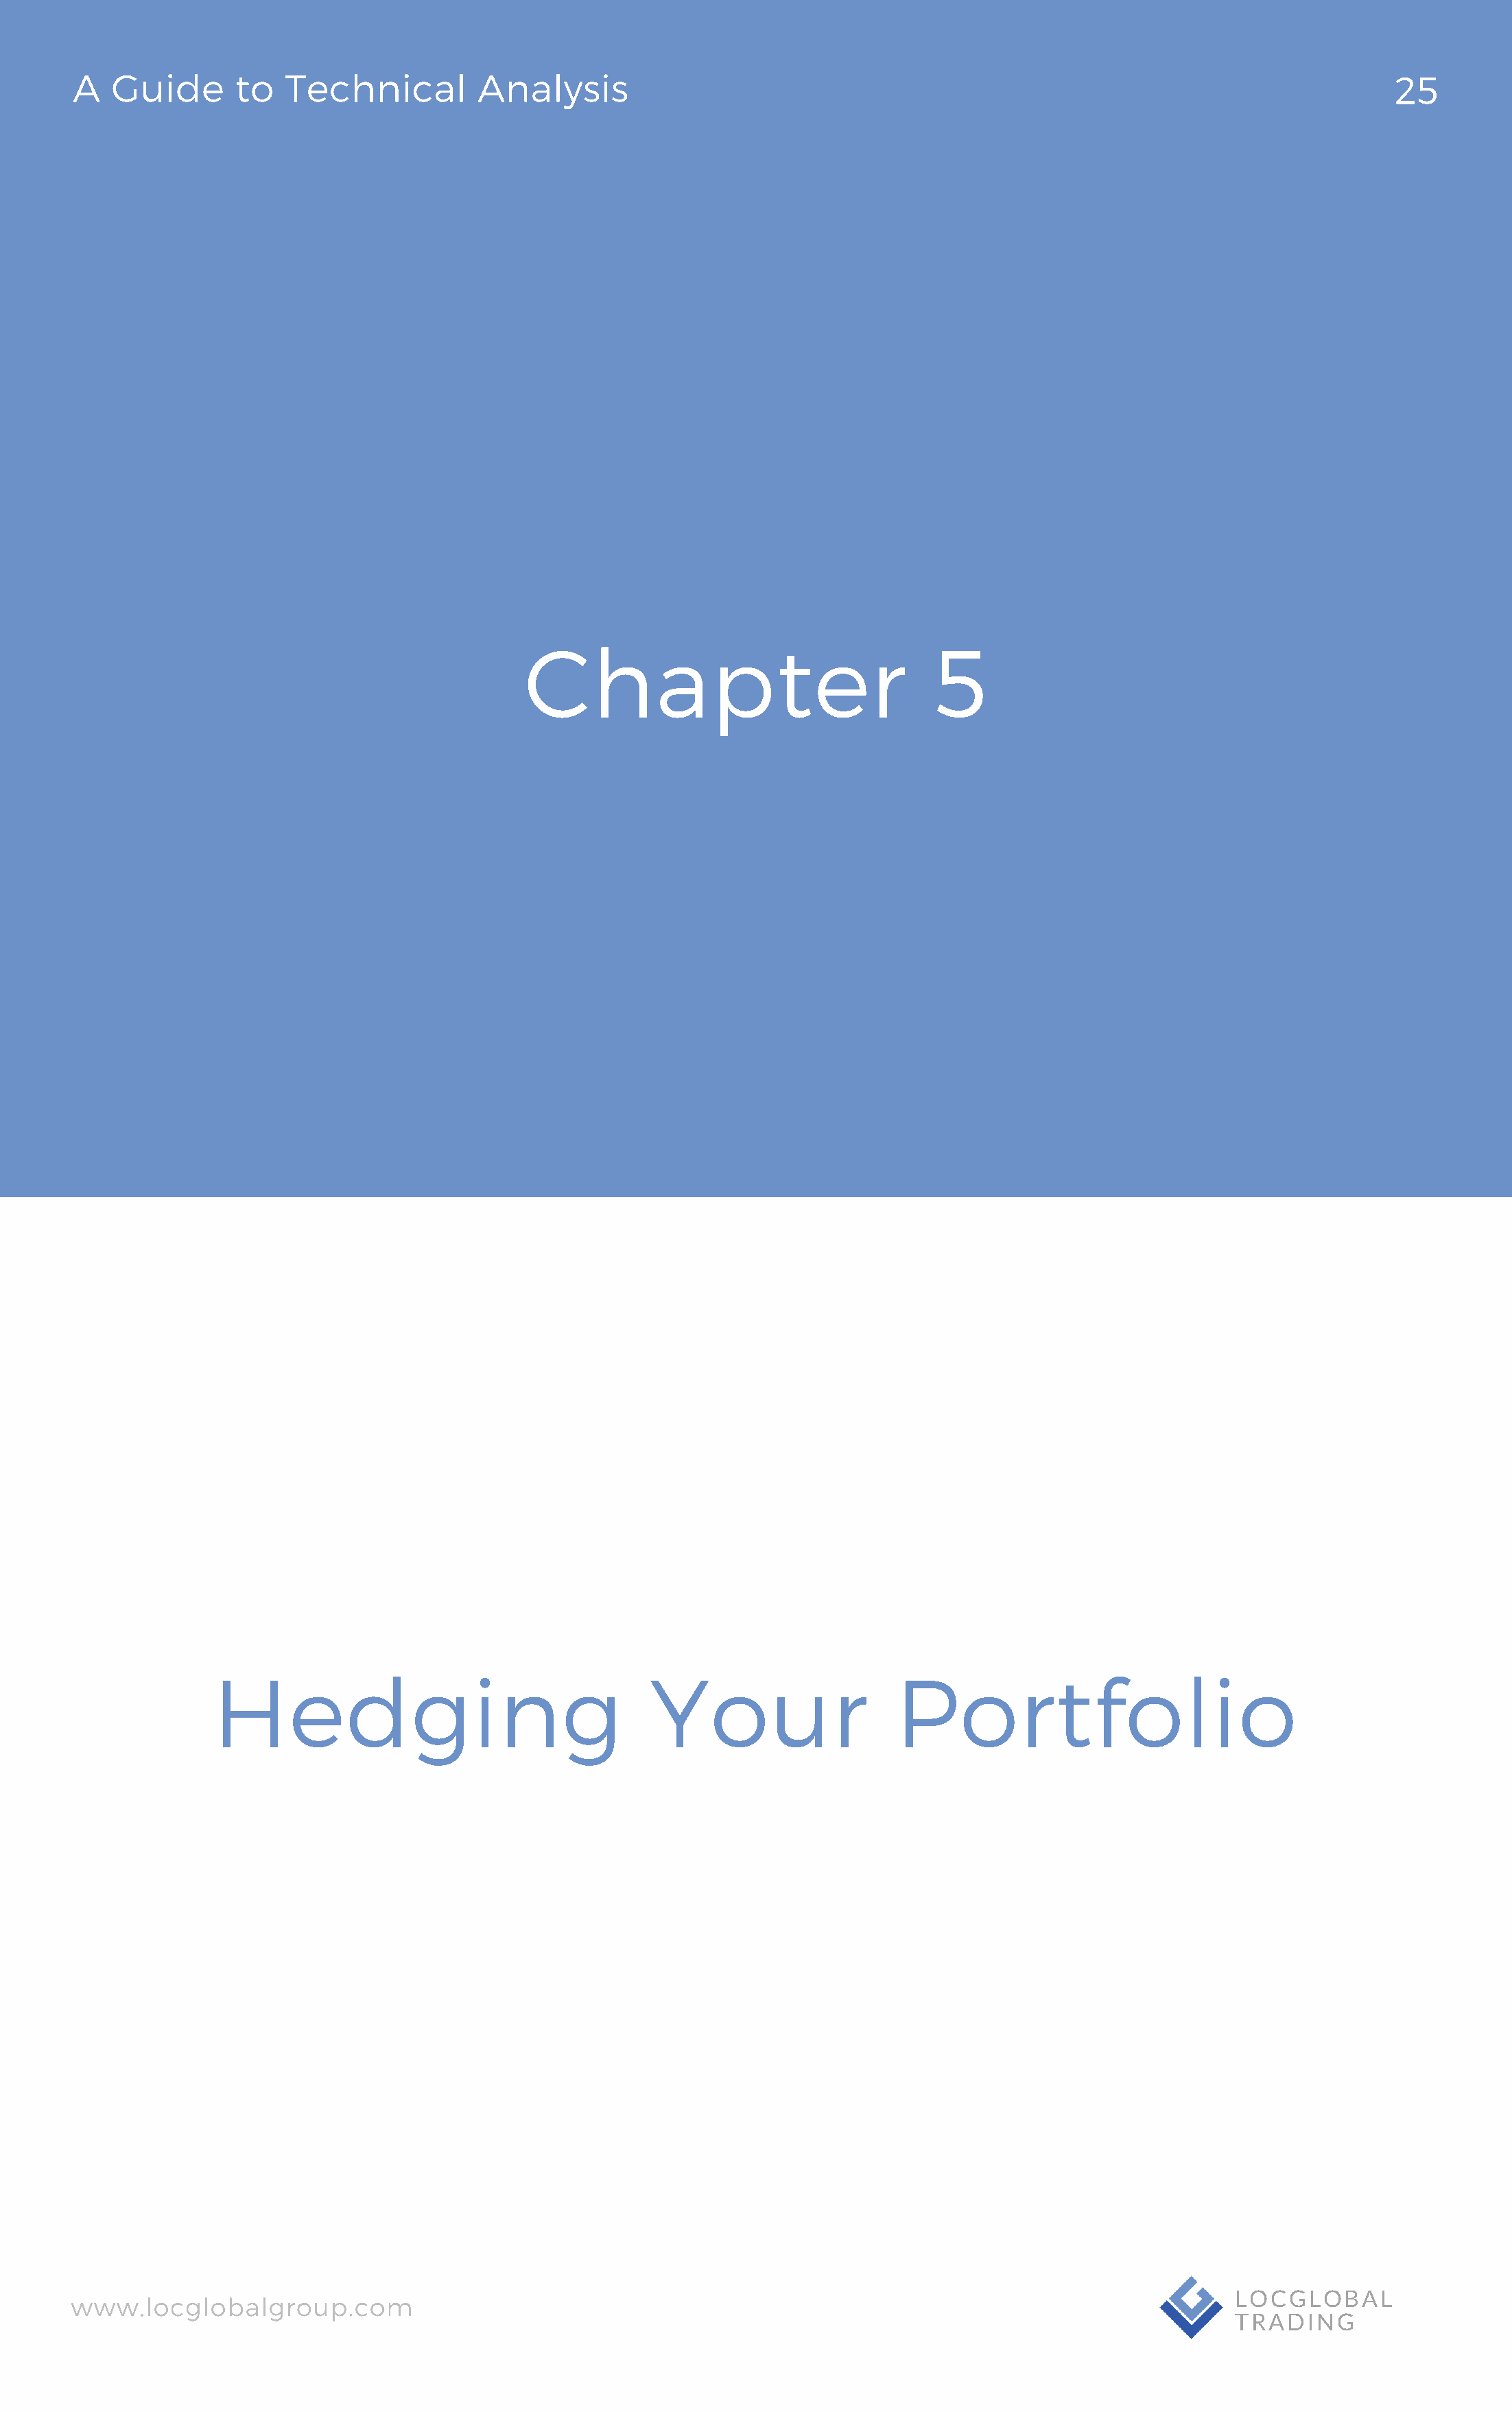
A   Guide       to  Technical          Analysis                                                                                 25
 Chapter                                5
 Hedging                                   Your                   Portfolio
 www.locglobalgroup.com                                                                                          LOCGLOBAL
 TRADING